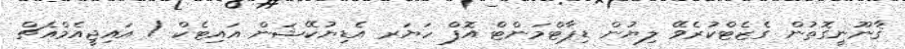
ޤާނޫނީގޮތުން ގެޒެޓްކުރެވޭ ލިޔުން ޑިޕާޓްމަންޓް އޮފް ހަޔަރ އެޑިޔުކޭޝަން އައިޓެކް / އައިޖީއެމްއެޗް